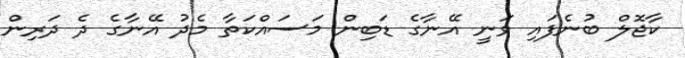
ކާޖޮލް ބުނެފައި ވަނީ އޭނާގެ ޑަބިން މަސައްކަތާ މެދު އޭނާގެ ދެ ދަރިން